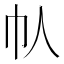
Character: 𫶾